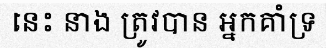
នេះ នាង ត្រូវបាន អ្នកគាំទ្រ